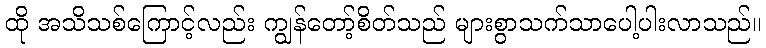
ထို အသိသစ်ကြောင့်လည်း ကျွန်တော့်စိတ်သည် များစွာသက်သာပေါ့ပါးလာသည်။